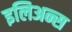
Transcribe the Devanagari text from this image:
इलिअन्स